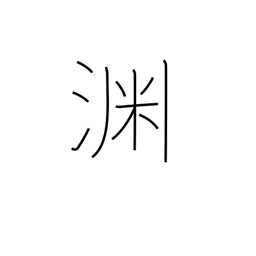
Meaning: edge